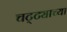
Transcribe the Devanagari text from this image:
चट्ट्याच्या